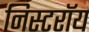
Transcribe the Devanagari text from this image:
निस्टरॉय